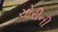
ચોરીની